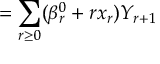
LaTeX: = \sum _ { r \ge 0 } ( \beta _ { r } ^ { 0 } + r x _ { r } ) Y _ { r + 1 }